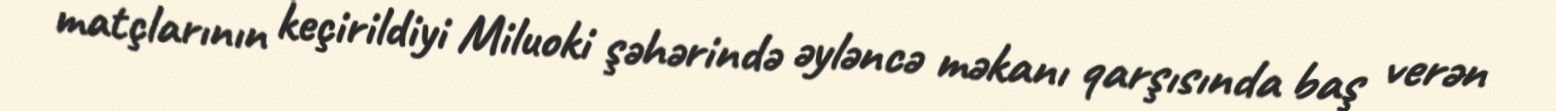
matçlarının keçirildiyi Miluoki şəhərində əyləncə məkanı qarşısında baş verən